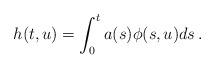
LaTeX: \begin{align*}h(t, u)=\int_0^t a (s) \phi(s, u) ds\,. \end{align*}